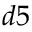
d 5